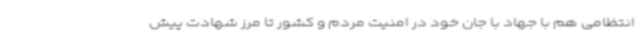
انتظامی هم با جهاد با جان خود در امنیت مردم و کشور تا مرز شهادت پیش